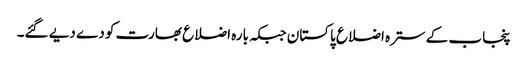
پنجاب کے سترہ اضلاع پاکستان جبکہ بارہ اضلاع بھارت کو دے دیے گئے۔